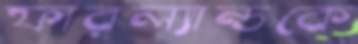
ফারল্যান্ডকে